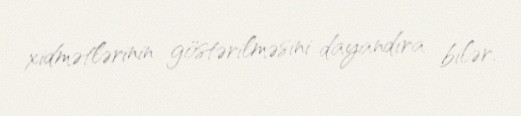
xidmətlərinin göstərilməsini dayandıra bilər.